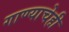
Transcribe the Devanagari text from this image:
गाण्याचेही